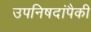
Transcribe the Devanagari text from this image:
उपनिषदांपैकी